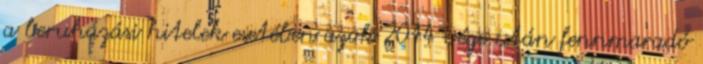
a beruházási hitelek esetében azok 2014 vége után fennmaradó